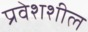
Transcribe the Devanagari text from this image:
प्रवेशशील